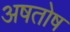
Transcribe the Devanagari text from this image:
अषतोष